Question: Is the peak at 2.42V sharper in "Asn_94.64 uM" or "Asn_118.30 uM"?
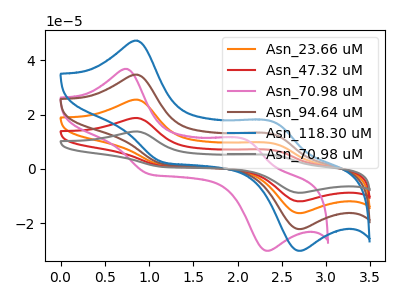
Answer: <think>The orange curve "Asn_23.66 uM" has anodic peaks at (0.85V, 69.40uA) (2.40V, 25.10uA) and cathodic peaks at (1.15V, 3.65uA) (2.70V, -44.30uA). The red curve "Asn_47.32 uM" has anodic peaks at (0.85V, 104.10uA) (2.40V, 37.65uA) and cathodic peaks at (1.15V, 5.50uA) (2.70V, -66.50uA). The pink curve "Asn_70.98 uM" has anodic peaks at (0.75V, 36.80uA) (2.10V, 10.75uA) and cathodic peaks at (1.00V, -1.90uA) (2.35V, -30.15uA). The brown curve "Asn_94.64 uM" has anodic peaks at (0.85V, 34.70uA) (2.40V, 12.55uA) and cathodic peaks at (1.15V, 1.85uA) (2.70V, -22.15uA). The blue curve "Asn_118.30 uM" has anodic peaks at (0.85V, 47.20uA) (2.40V, 17.10uA) and cathodic peaks at (1.15V, 2.50uA) (2.70V, -30.15uA). The gray curve "Asn_70.98 uM" has anodic peaks at (0.85V, 138.80uA) (2.40V, 50.25uA) and cathodic peaks at (1.15V, 7.35uA) (2.70V, -88.65uA).</think>
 <answer>The peak at 2.42V is lower in "Asn_94.64 uM" than in "Asn_118.30 uM".</answer>
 <eval>lower</eval>